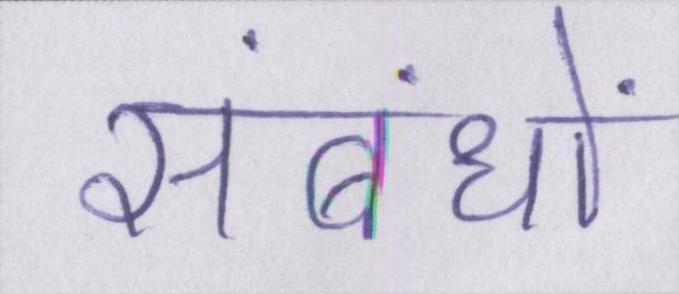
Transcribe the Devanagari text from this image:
संबंधों